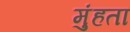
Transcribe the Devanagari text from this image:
मुंहता